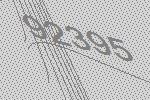
92395